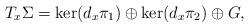
LaTeX: \begin{align*}T_x\Sigma = \ker(d_x\pi_1) \oplus \ker(d_x\pi_2) \oplus G,\end{align*}